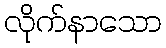
လိုက်နာသော